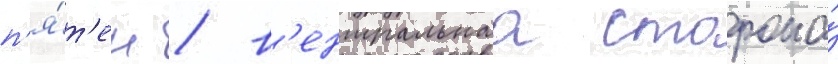
п'я́т'ен / в'ентральнаа сторона́